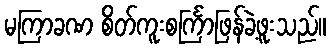
မကြာခဏ စိတ်ကူးစင်္ကြာဖြန်ခဲ့ဖူးသည်။